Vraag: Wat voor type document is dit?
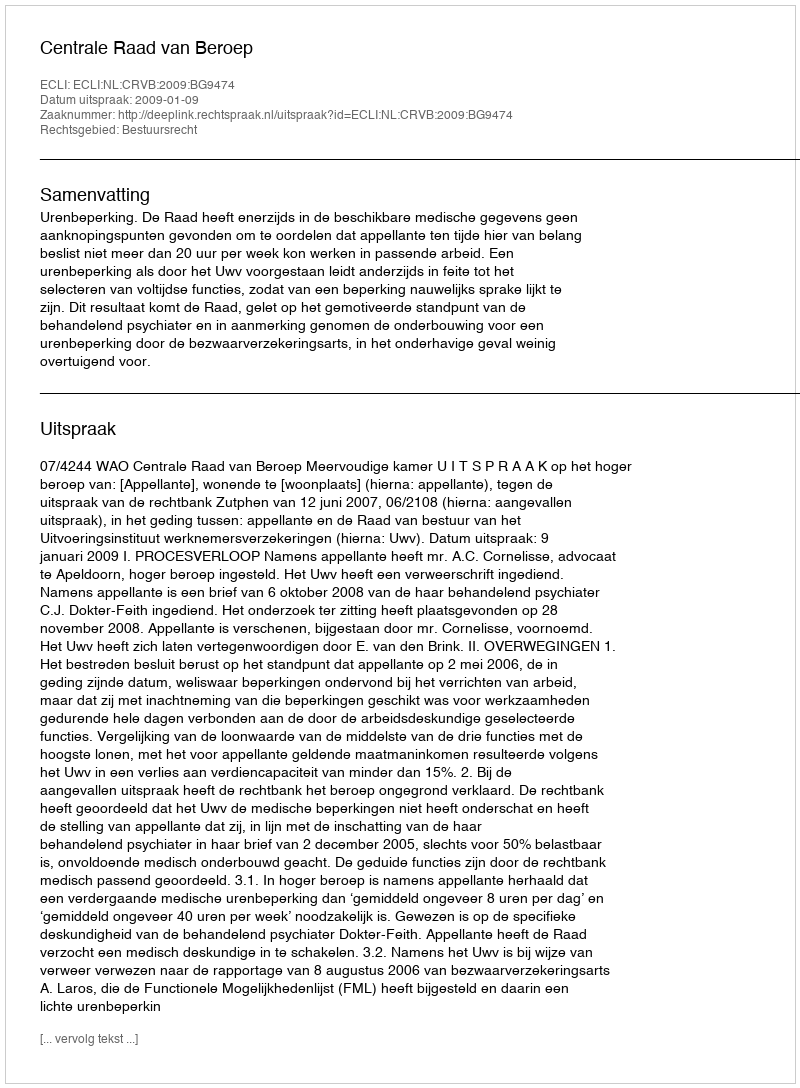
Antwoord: Uitspraak